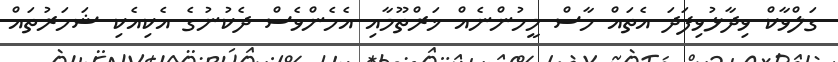
ގަލްވާކް ވިދާޅުވިފަދަ އެތައް ހާސް މީހުންނެއް ޚަރްތޫމާއި އެހެންވެސް ދެކުނުގެ އެކިއެކި ޝަހަރުތައް